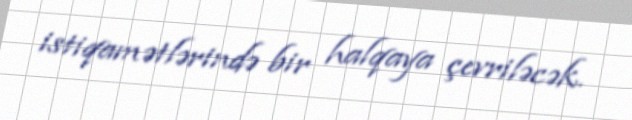
istiqamətlərində bir halqaya çevriləcək.